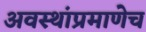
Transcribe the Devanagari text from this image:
अवस्थांप्रमाणेच